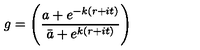
g = \Biggl ( { \frac { a + e ^ { - k ( r + i t ) } } { \bar { a } + e ^ { k ( r + i t ) } } } \Biggr )